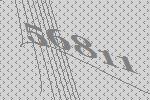
56811